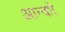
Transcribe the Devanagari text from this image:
आन्को